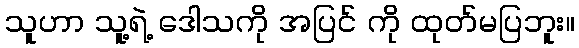
သူဟာ သူ့ရဲ့ ဒေါသကို အပြင် ကို ထုတ်မပြဘူး။